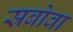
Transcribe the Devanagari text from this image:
स्रबोवा